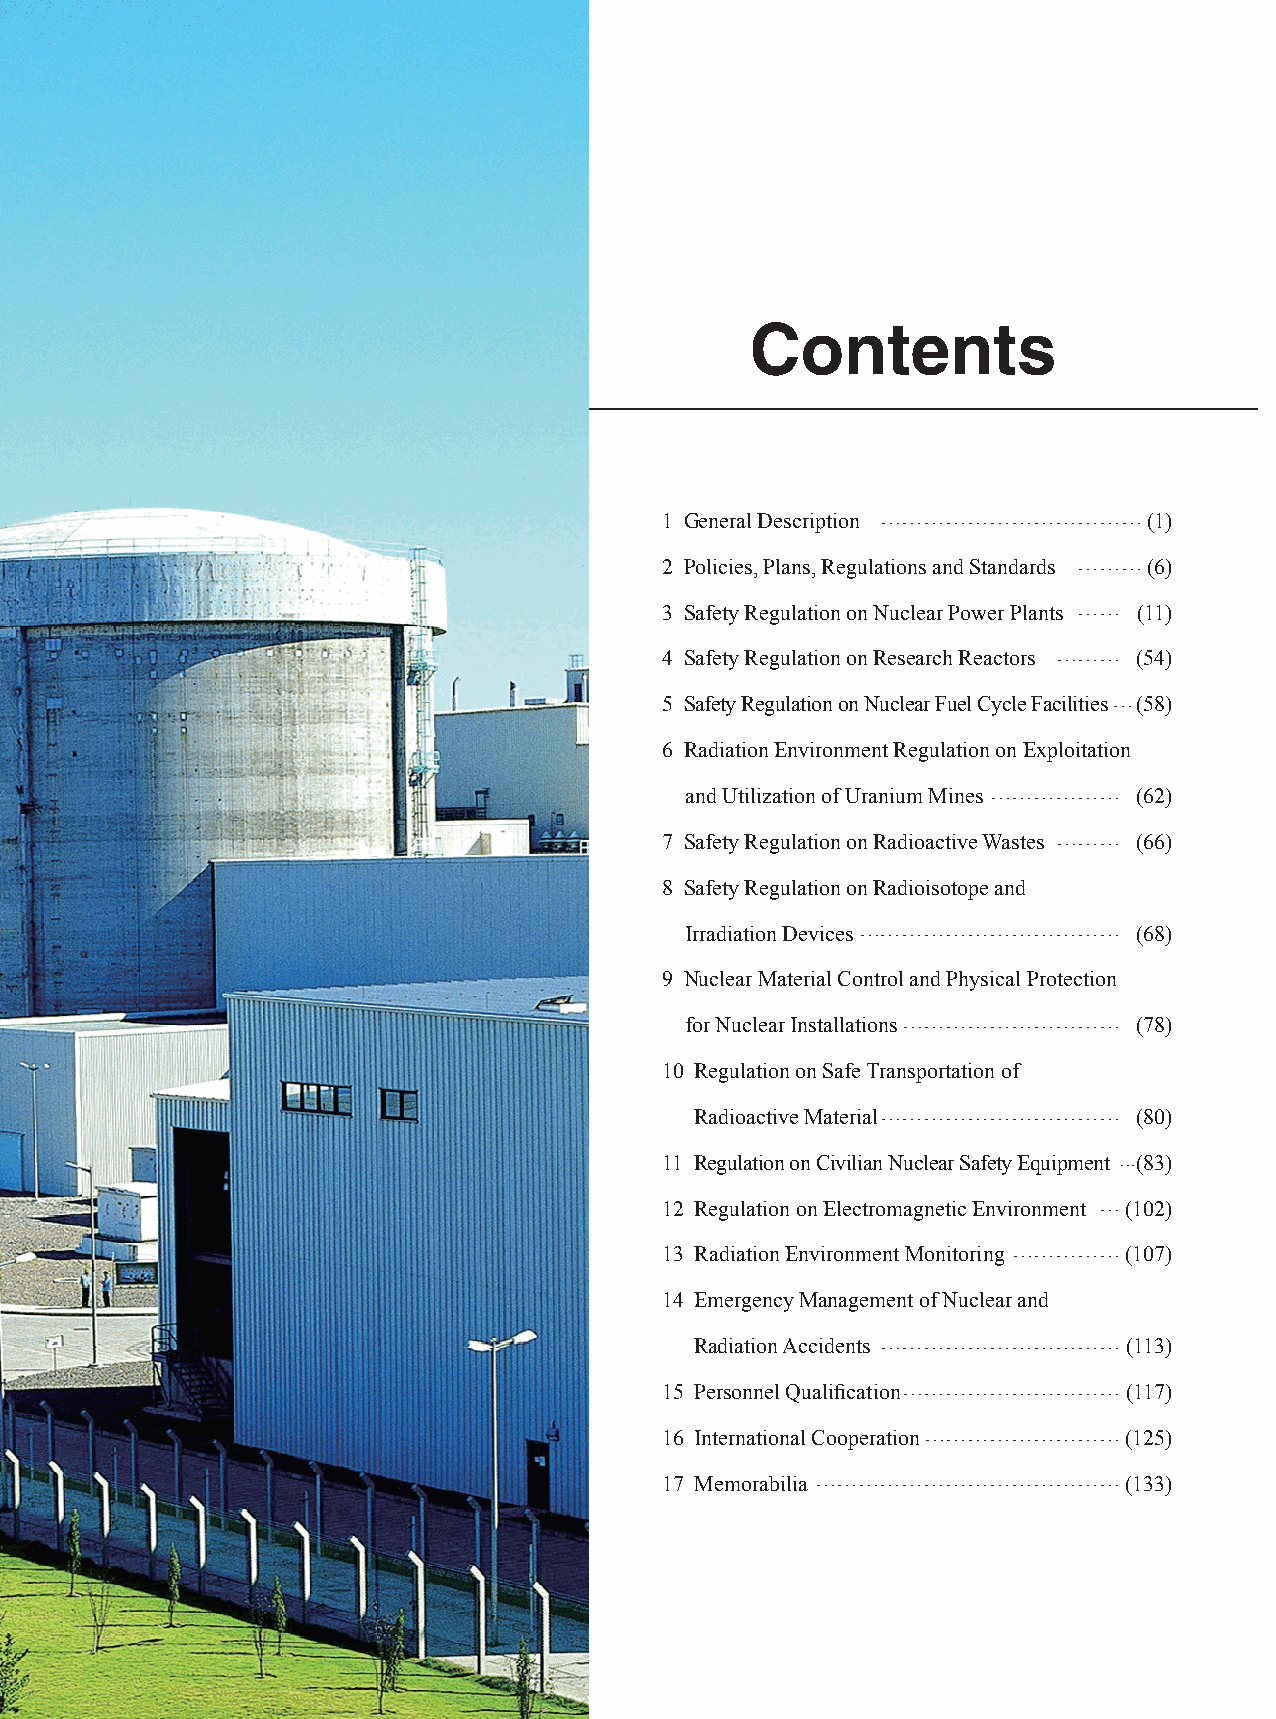
Contents
 1 General Description ………………………………(1)
 2 Policies, Plans, Regulations and Standards ………(6)
 3 Safety Regulation on Nuclear Power Plants …… (11)
 4 Safety Regulation on Research Reactors ……… (54)
 5 Safety Regulation on Nuclear Fuel Cycle Facilities …(58)
 6 Radiation Environment Regulation on Exploitation
 and Utilization of Uranium Mines ……………… (62)
 7 Safety Regulation on Radioactive Wastes ……… (66)
 8 Safety Regulation on Radioisotope and
 Irradiation Devices ……………………………… (68)
 9 Nuclear Material Control and Physical Protection
 for Nuclear Installations ………………………… (78)
 10 Regulation on Safe Transportation of
 Radioactive Material …………………………… (80)
 11 Regulation on Civilian Nuclear Safety Equipment ...(83)
 12 Regulation on Electromagnetic Environment … (102)
 13 Radiation Environment Monitoring ……………(107)
 14 Emergency Management of Nuclear and
 Radiation Accidents ……………………………(113)
 15 Personnel Qualification …………………………(117)
 16 International Cooperation ………………………(125)
 17 Memorabilia ……………………………………(133)